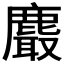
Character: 𪋄